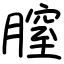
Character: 膣